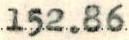
152.86